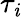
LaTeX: \tau_{\mathit{i}}